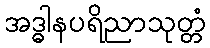
အဒ္ဓါနပရိညာသုတ္တံ